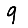
Digit: 9